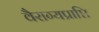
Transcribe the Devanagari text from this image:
वैराग्यप्राप्ति